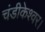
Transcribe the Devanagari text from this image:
चंडीकेश्वर।